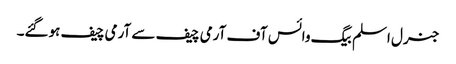
جنرل اسلم بیگ وائس آف آرمی چیف سے آرمی چیف ہوگئے۔